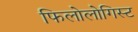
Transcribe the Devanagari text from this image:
फिलोलोगिस्ट